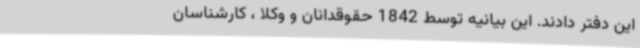
این دفتر دادند. این بیانیه توسط 1842 حقوقدانان و وکلا ، کارشناسان